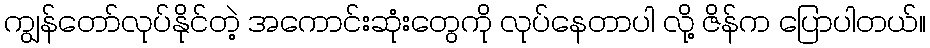
ကျွန်တော်လုပ်နိုင်တဲ့ အကောင်းဆုံးတွေကို လုပ်နေတာပါ လို့ ဇိန်က ပြောပါတယ်။